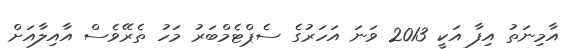
އާމިނަތު އިފާ އަކީ 2013 ވަނަ އަހަރުގެ ސެޕްޓެމްބަރު މަހު ތެރޭވެސް އާއިލާއަށް